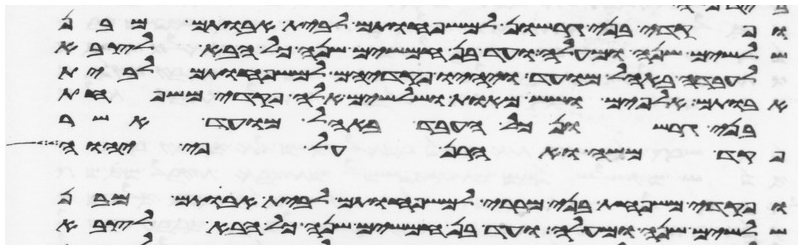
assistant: ופקדי בני גרשון למשפחותם לבית אבותם מבן
שלשים שנה ומעלה ועד בן חמשים שנה כל הבא לצבא
לעבדה באהל מועד ויהיו פקדיהם למשפחותם לבית
אבותם אלפים ושש מאות ושלשים אלה פקדי משפחת
בני גרשון כל העבד באהל מועד אשר
פקד משה ואהרן על פי יהוה
ופקדי משפחת בני מררי למשפחותם לבית אבותם מבן
שלשים שנה ומעלה ועד בן חמשים שנה כל הבא לצבא